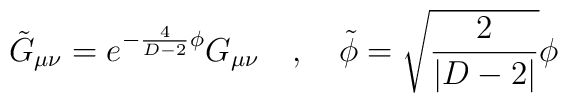
\tilde{G}_{\mu\nu} = e^{-\frac{4}{D-2}\phi} G_{\mu\nu} ~~~,~~~  \tilde{\phi} = \sqrt{\frac{2}{|D-2|}} \phi